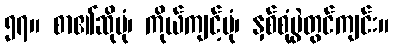
၅၇။ စာ၏ဆိုပုံ၊ ကိုယ်ကျင့်ပုံ၊ နှစ်စုံပွဲတွင်ကျင်း။